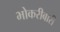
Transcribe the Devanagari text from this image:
भोकरीबारी